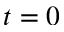
t = 0